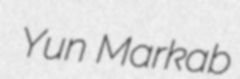
Yun Markab